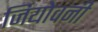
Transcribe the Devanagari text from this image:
जियोवनी